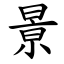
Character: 㬌